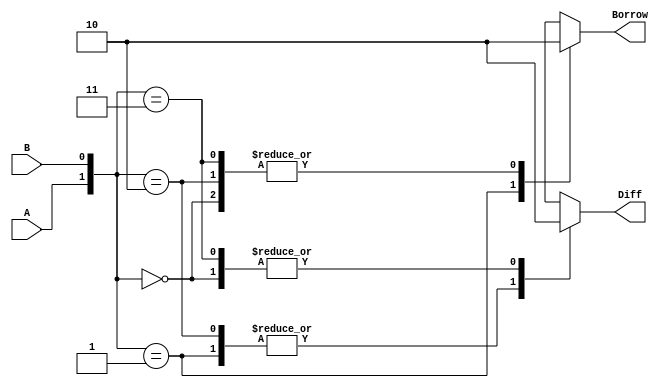
module halfsub (A , B, Diff, Borrow);

	input A;
	input B;
	output reg Diff;
	output reg  Borrow;

	always @(*)
	begin
		case ({A, B})
			2'b00:
			begin
				Diff <= 0;
				Borrow <= 0;
			end
			2'b01:
			begin
				Diff <= 1;
				Borrow <= 1;
			end
			2'b10:
			begin
				Diff <=1;
				Borrow <= 0;
			end
			2'b11:
			begin
				Diff <= 0;
				Borrow <= 0;
			end
			default:
			begin
				Diff <= 0;
				Borrow <=0;
			end

		endcase
	end
endmodule